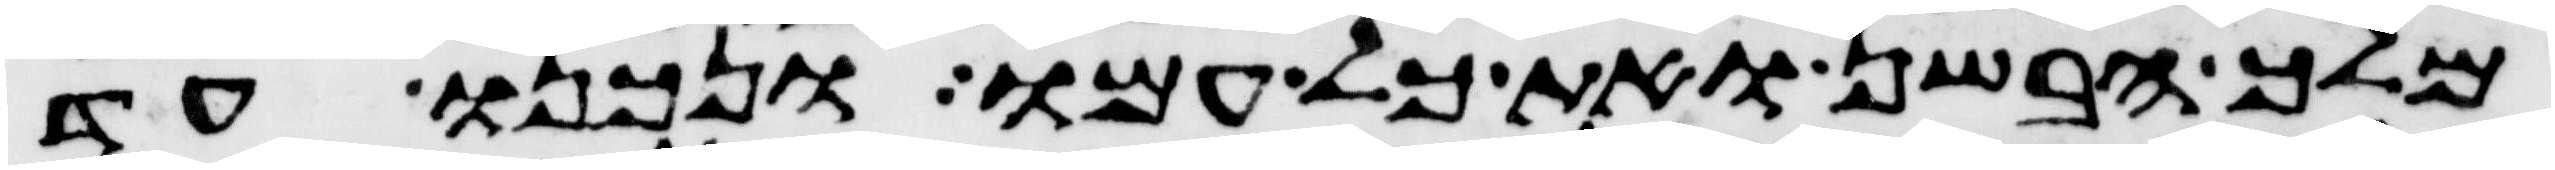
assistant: מלך הבשן ואת כל עמו ונכנו עד